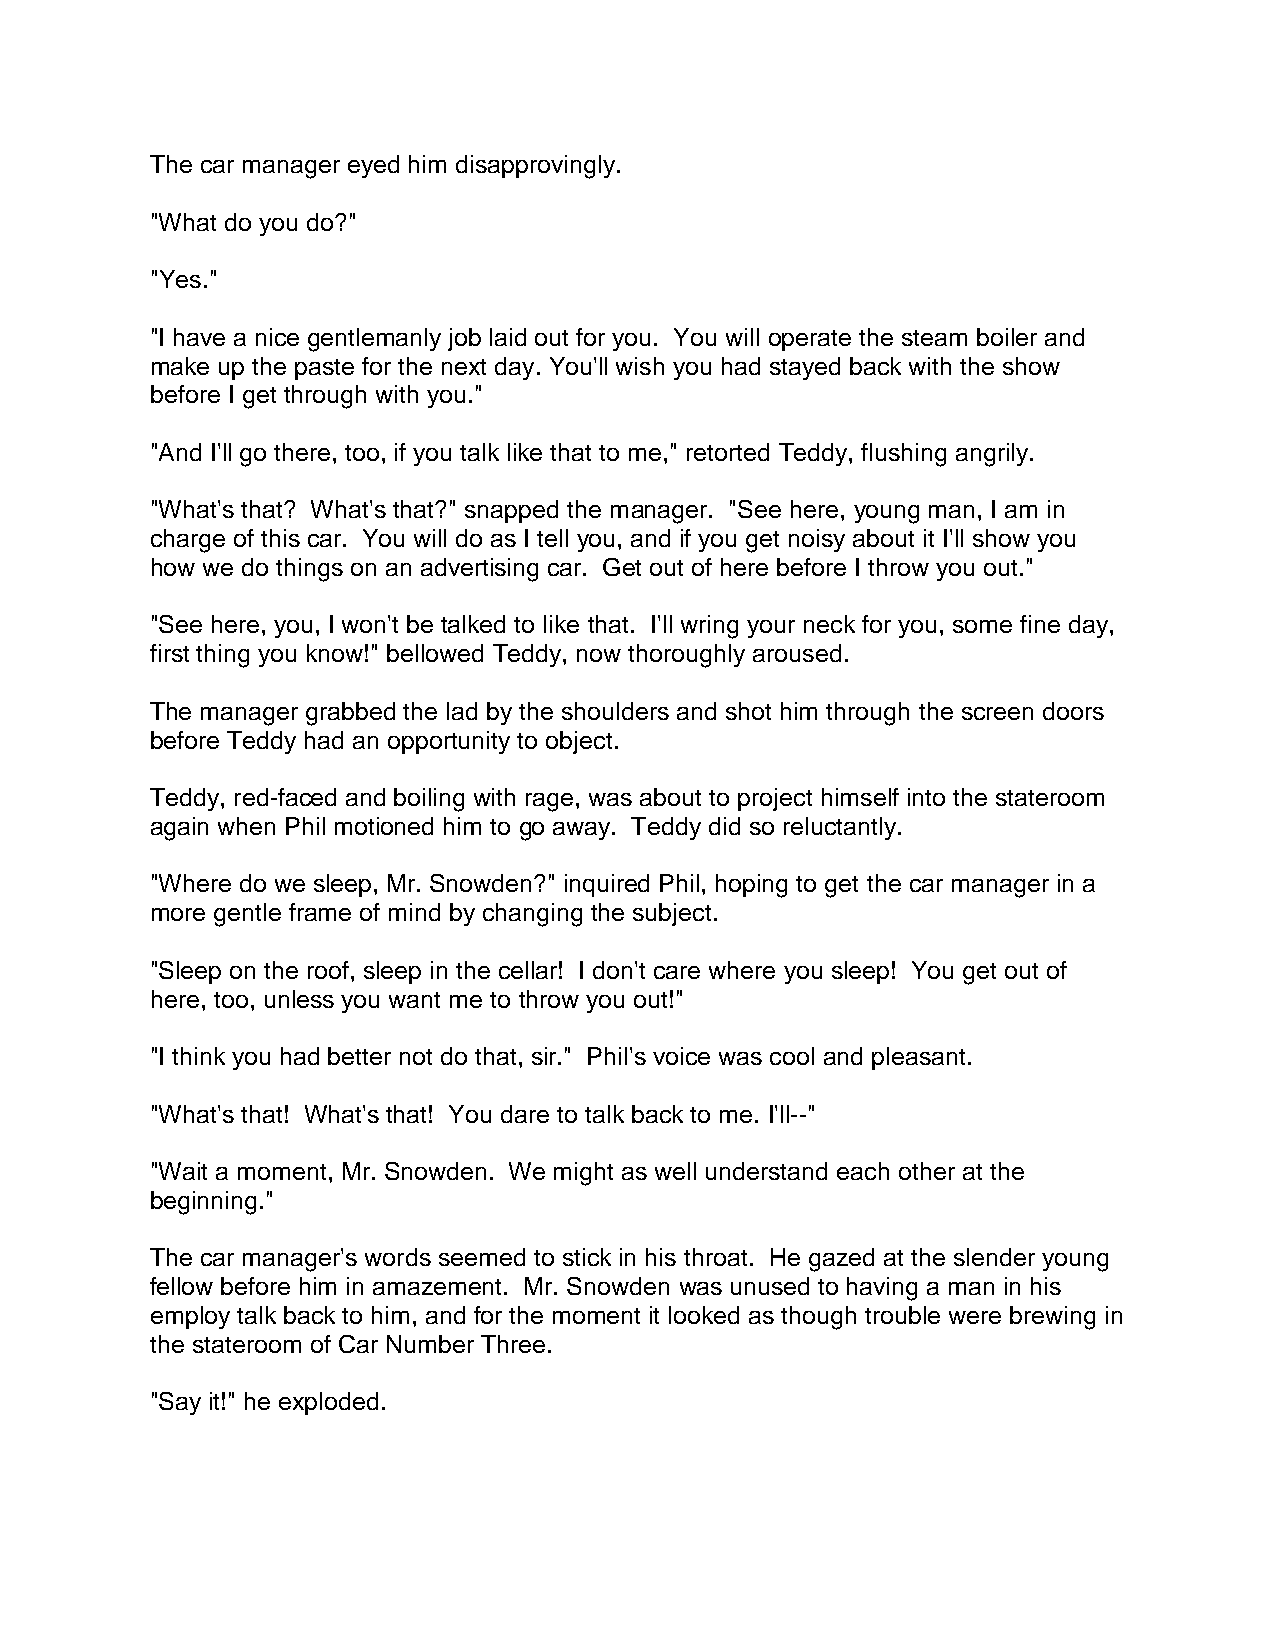
The car manager eyed him disapprovingly.
 "What do you do?"
 "Yes."
 "I have a nice gentlemanly job laid out for you. You will operate the steam boiler and
 make up the paste for the next day. You'll wish you had stayed back with the show
 before I get through with you."
 "And I'll go there, too, if you talk like that to me," retorted Teddy, flushing angrily.
 "What's that? What's that?" snapped the manager. "See here, young man, I am in
 charge of this car. You will do as I tell you, and if you get noisy about it I'll show you
 how we do things on an advertising car. Get out of here before I throw you out."
 "See here, you, I won't be talked to like that. I'll wring your neck for you, some fine day,
 first thing you know!" bellowed Teddy, now thoroughly aroused.
 The manager grabbed the lad by the shoulders and shot him through the screen doors
 before Teddy had an opportunity to object.
 Teddy, red-faced and boiling with rage, was about to project himself into the stateroom
 again when Phil motioned him to go away. Teddy did so reluctantly.
 "Where do we sleep, Mr. Snowden?" inquired Phil, hoping to get the car manager in a
 more gentle frame of mind by changing the subject.
 "Sleep on the roof, sleep in the cellar! I don't care where you sleep! You get out of
 here, too, unless you want me to throw you out!"
 "I think you had better not do that, sir." Phil's voice was cool and pleasant.
 "What's that! What's that! You dare to talk back to me. I'll--"
 "Wait a moment, Mr. Snowden. We might as well understand each other at the
 beginning."
 The car manager's words seemed to stick in his throat. He gazed at the slender young
 fellow before him in amazement. Mr. Snowden was unused to having a man in his
 employ talk back to him, and for the moment it looked as though trouble were brewing in
 the stateroom of Car Number Three.
 "Say it!" he exploded.